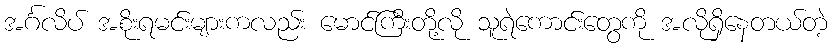
အင်္ဂလိပ် အစိုးရမင်းများကလည်း မောင်ကြီးတို့လို သူရဲကောင်းတွေကို အလိုရှိနေတယ်တဲ့